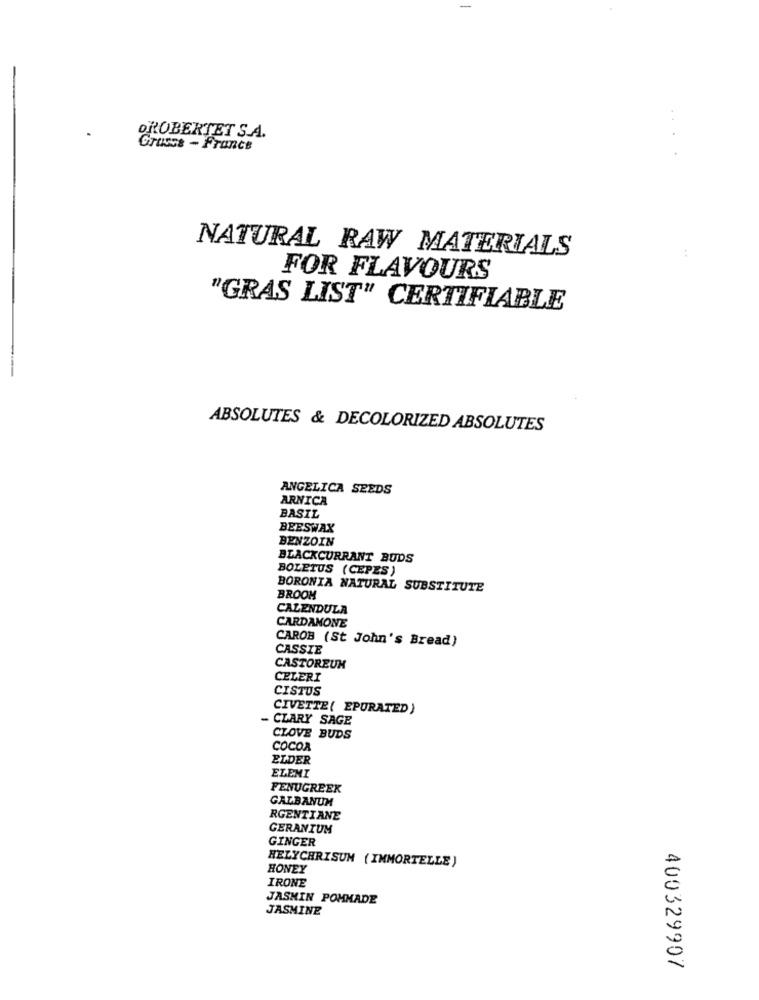
OROBERTET S.A.
Grasse - France
NATURAL RAW MATERIALS
:
FOR FLAVOURS
"GRAS LIST" CERTIFIABLE
ABSOLUTES & DECOLORIZED ABSOLUTES
ANGELICA SEEDS
ARNICA
BASIL
BEESWAX
BENZOIN
BLACKCURRANT BUDS
BOLETUS (CEPES )
BORONIA NATURAL SUBSTITUTE
BROOM
CALENDULA
CARDAMONE
CAROB (St John's Bread)
CASSIE
CASTOREUM
CELERI
CISTUS
CIVETTE ( EPURATED)
- CLARY SAGE
CLOVE BUDS
COCOA
ELDER
ELEMI
FENUGREEK
GALBANUM
RGENTIANE
GERANIUM
GINGER
HELYCHRISUM ( IMMORTELLE )
HONEY
IRONE
JASMIN POMMADE
JASMINE
400329907